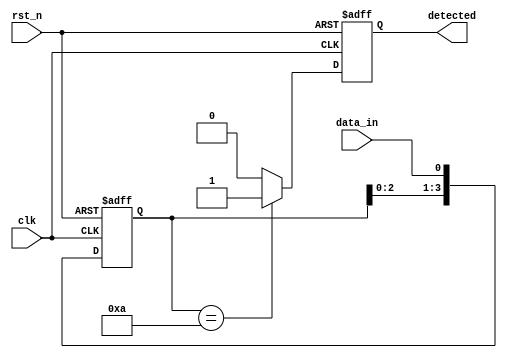
module pattern_detector #(
    parameter PATTERN_LENGTH = 4, // Length of the pattern to detect
    parameter PATTERN = 4'b1010    // The pattern to detect (example: 1010)
)(
    input wire clk,                 // Clock signal
    input wire rst_n,               // Active low reset signal
    input wire data_in,             // Input data stream
    output reg detected              // Detection output signal
);

    // Flip-flops to store the input data
    reg [PATTERN_LENGTH-1:0] shift_reg;

    // Sequential logic for the flip-flops
    always @(posedge clk or negedge rst_n) begin
        if (!rst_n) begin
            shift_reg <= 0;           // Initialize shift register to 0 on reset
            detected <= 0;            // Reset detected signal
        end else begin
            shift_reg <= {shift_reg[PATTERN_LENGTH-2:0], data_in}; // Shift in the new data
            // Check for pattern match
            if (shift_reg == PATTERN) begin
                detected <= 1;         // Set detected signal if pattern matches
            end else begin
                detected <= 0;         // Clear detected signal if no match
            end
        end
    end

endmodule